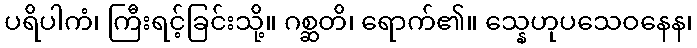
ပရိပါကံ၊ ကြီးရင့်ခြင်းသို့။ ဂစ္ဆတိ၊ ရောက်၏။ သ္နေဟုပသေဝနေန၊